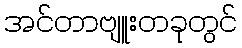
အင်တာဗျူးတခုတွင်